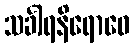
သင်္ခါရနိရောဓေ